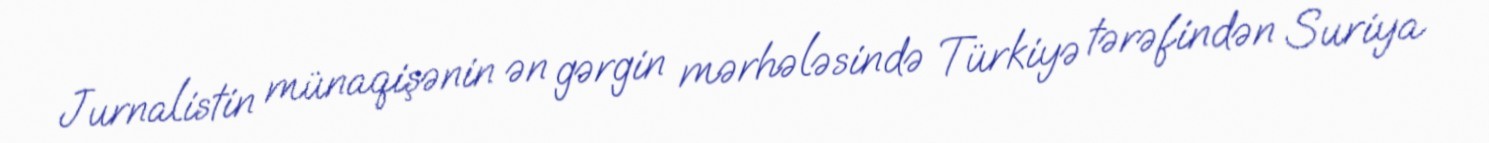
Jurnalistin münaqişənin ən gərgin mərhələsində Türkiyə tərəfindən Suriya